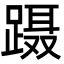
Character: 蹑